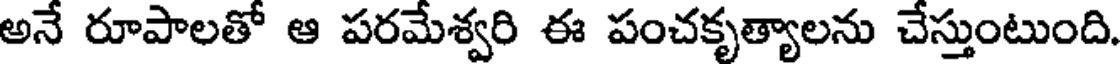
అనే రూపాలతో ఆ పరమేశ్వరి ఈ పంచకృత్యాలను చేస్తుంటుంది.